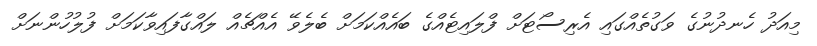
މިއަދު ހެނދުނުގެ ވަގުތެއްގައި އެރިސޯޓަށް ފްލައިޓެއްގެ ބައެއްކަމަށް ބެލެވޭ އެއްޗެއް ލައްގާފައިވާކަމަށް ފުލުހުންނަށް